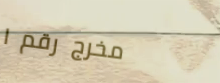
مخرج رقم ١